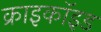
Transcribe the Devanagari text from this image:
क्राइकॉइड